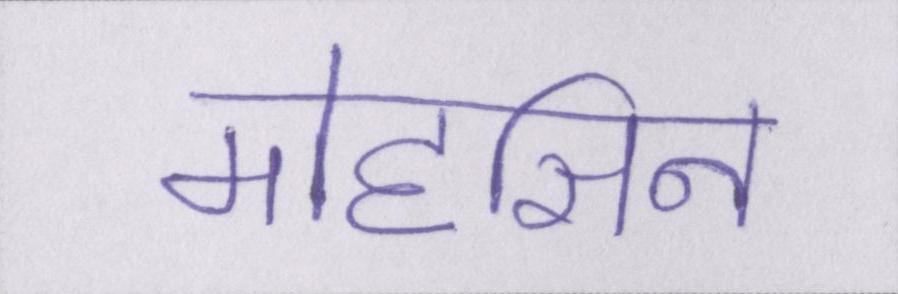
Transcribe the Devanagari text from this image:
मोहसिन